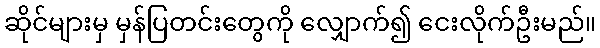
ဆိုင်များမှ မှန်ပြတင်းတွေကို လျှောက်၍ ငေးလိုက်ဦးမည်။